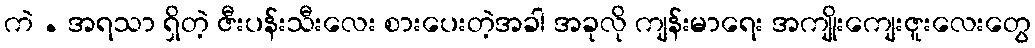
ကဲ . အရသာ ရှိတဲ့ ဇီးပန်းသီးလေး စားပေးတဲ့အခါ အခုလို ကျန်းမာရေး အကျိုးကျေးဇူးလေးတွေ